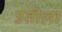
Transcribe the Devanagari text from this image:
उतीला